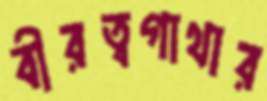
বীরত্বগাথার